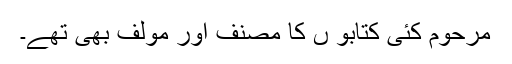
مرحوم کئی کتابو ں کا مصنف اور مولف بھی تھے۔